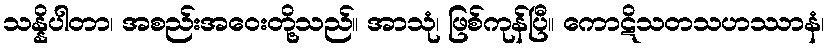
သန္နိပါတာ၊ အစည်းအဝေးတို့သည်။ အာသုံ၊ ဖြစ်ကုန်ပြီ။ ကောဋိသတသဟဿာနံ၊